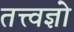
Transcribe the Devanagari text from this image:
तत्त्वज्ञो